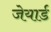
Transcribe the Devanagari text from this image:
जेयार्ड